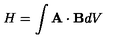
H = \int { \bf A } \cdot { \bf B } d V